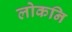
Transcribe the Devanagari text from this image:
लोकनि